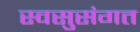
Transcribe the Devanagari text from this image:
स्वसुसंगत